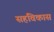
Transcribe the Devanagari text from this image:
सहविकास